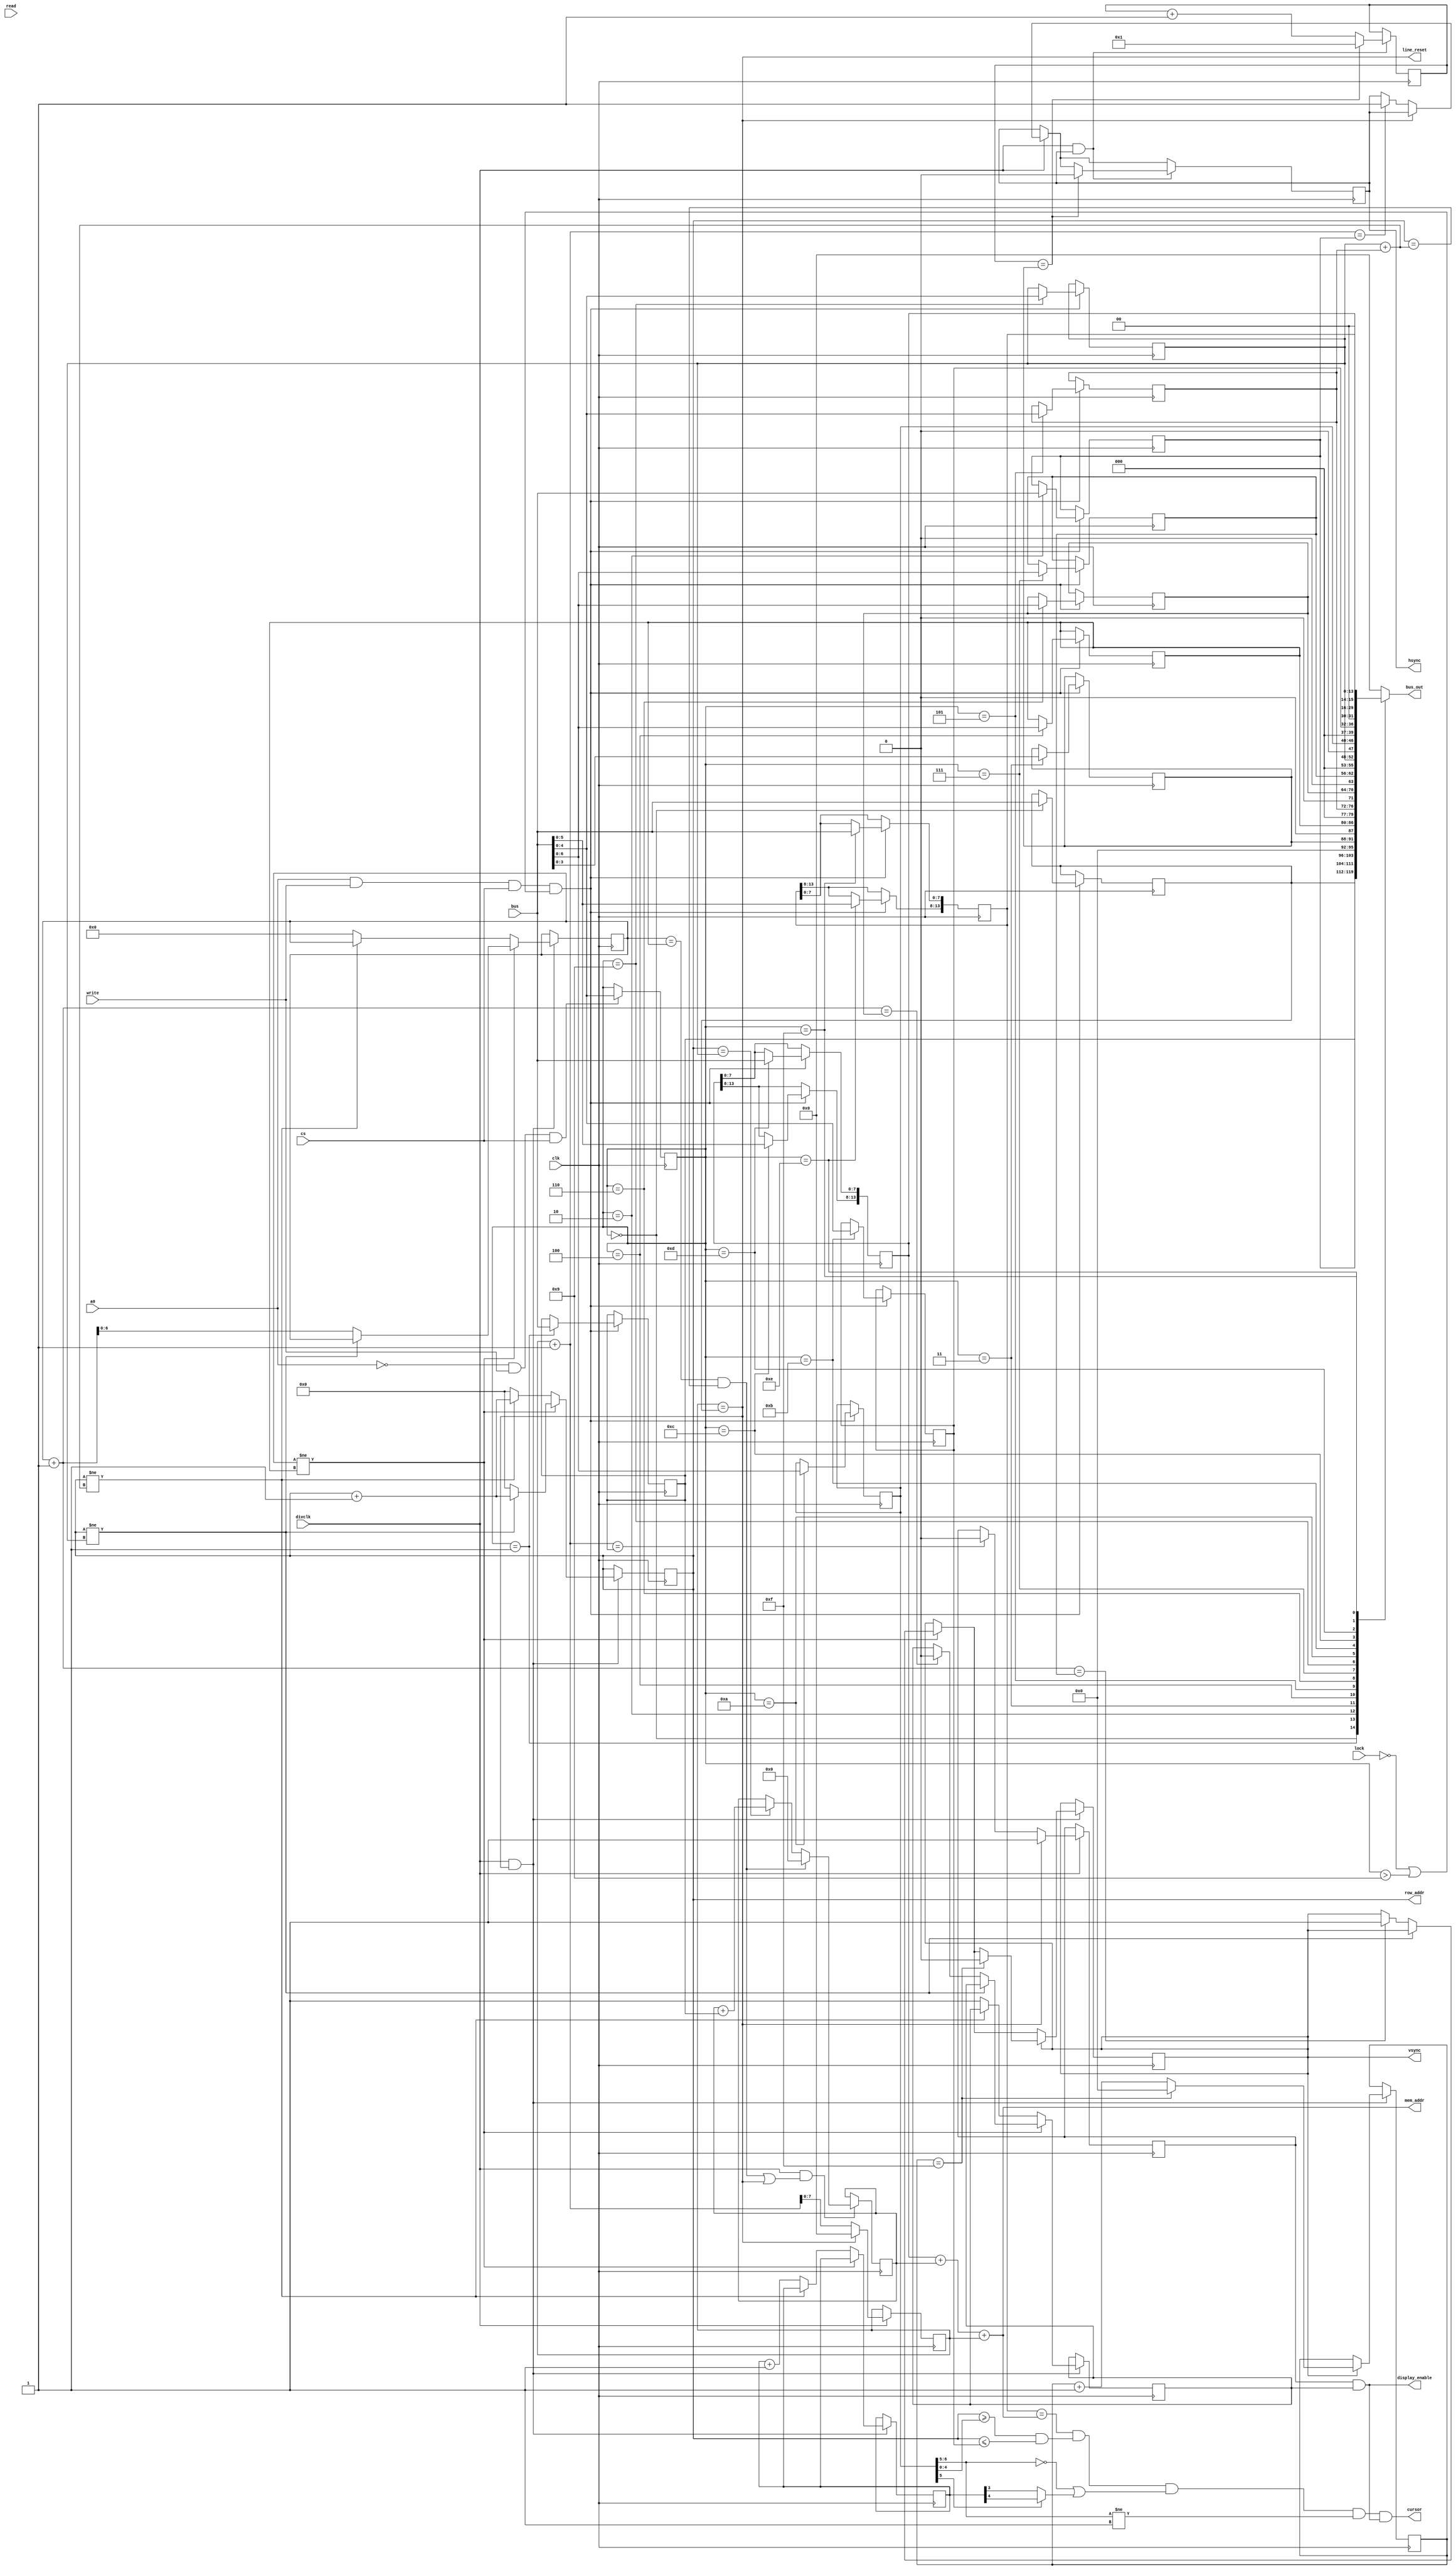
module crtc6845(
    input clk,
    input divclk,

    // ISA bus
    input cs,
    input a0,
    input write,
    input read,
    input[7:0] bus,
    output[7:0] bus_out,

    input lock,

    // Video control signals
    output hsync,
    output vsync,
    output display_enable,
    output cursor,
    output [13:0] mem_addr,
    output [4:0] row_addr,
    output line_reset);

    parameter H_TOTAL = 0;
    parameter H_DISP = 0;
    parameter H_SYNCPOS = 0;
    parameter H_SYNCWIDTH = 0;
    parameter V_TOTAL = 0;
    parameter V_TOTALADJ = 0;
    parameter V_DISP = 0;
    parameter V_SYNCPOS = 0;
    parameter V_MAXSCAN = 0;
    parameter C_START = 0;
    parameter C_END = 0;

    reg[4:0] cur_addr;
    reg[7:0] bus_out;

    // Address register
    always @ (posedge clk) begin
        if (~a0 & write & cs) begin
            cur_addr <= bus[4:0];
        end
    end

    // Register file
    always @ (posedge clk) begin
        if (a0 & write & cs & (~lock | (cur_addr > 5'd9))) begin
            case (cur_addr)
                5'd0: h_total <= bus;
                5'd1: h_disp <= bus;
                5'd2: h_syncpos <= bus;
                5'd3: h_syncwidth <= bus[3:0];
                5'd4: v_total <= bus[6:0];
                5'd5: v_totaladj <= bus[4:0];
                5'd6: v_disp <= bus[6:0];
                5'd7: v_syncpos <= bus[6:0];
                // Register 8 not implemented
                5'd9: v_maxscan <= bus[4:0];
                5'd10: c_start <= bus[6:0];
                5'd11: c_end <= bus[4:0];
                5'd12: start_a[13:8] <= bus[5:0];
                5'd13: start_a[7:0] <= bus;
                5'd14: cursor_a[13:8] <= bus[5:0];
                5'd15: cursor_a[7:0] <= bus;
                default: ;
            endcase
        end
    end
    // TODO: Add light pen register (optional)
    always @ (*)
    begin
        case (cur_addr)
            5'd0: bus_out <= h_total;
            5'd1: bus_out <= h_disp;
            5'd2: bus_out <= h_syncpos;
            5'd3: bus_out <= h_syncwidth;
            5'd4: bus_out <= v_total;
            5'd5: bus_out <= v_totaladj;
            5'd6: bus_out <= v_disp;
            5'd7: bus_out <= v_syncpos;
            5'd8: bus_out <= 8'h00;
            5'd9: bus_out <= v_maxscan;
            5'd10: bus_out <= c_start;
            5'd11: bus_out <= c_end;
            5'd12: bus_out <= {2'b00, start_a[13:8]};
            5'd13: bus_out <= start_a[7:0];
            5'd14: bus_out <= {2'b00, cursor_a[13:8]};
            5'd15: bus_out <= cursor_a[7:0];
            5'd16: bus_out <= 8'h00; // Light pen regs
            5'd17: bus_out <= 8'h00;
            default: bus_out <= 8'h00;
        endcase;
    end

// TODO: parameterize these defaults
    reg [7:0] h_total = H_TOTAL;         //R0 97
    reg [7:0] h_disp = H_DISP;           //R1 80
    reg [7:0] h_syncpos = H_SYNCPOS;     //R2 82
    reg [3:0] h_syncwidth = H_SYNCWIDTH; //R3 15

    reg [6:0] v_total = V_TOTAL;       //R4 25
    reg [4:0] v_totaladj = V_TOTALADJ; //R5 6
    reg [6:0] v_disp = V_DISP;         //R6 25
    reg [6:0] v_syncpos = V_SYNCPOS;   //R7 25
    reg [4:0] v_maxscan = V_MAXSCAN;       //R9 13

    reg [6:0] c_start = C_START;     //R10 11
    reg [4:0] c_end = C_END;       //R11 12

    reg [13:0] start_a = 14'd0;    //R13/R14

    reg [13:0] cursor_a = 14'd92;  //R14/R15

    // Counters
    reg [7:0] h_count = 8'd0;
    reg [3:0] h_synccount = 4'd1; // Must start at 1
    reg [4:0] v_scancount = 5'd0;
    reg [6:0] v_rowcount = 7'd0;
    reg [3:0] v_synccount = 4'd0;
    reg [4:0] cursor_counter = 5'd0; // Cursor blink


    wire [4:0] next_v_scancount;
    wire [13:0] ma = 14'd0;
    reg [13:0] ma_rst = 14'd0; // Column reset of memory address

    reg vs = 1'b0;
    reg hs = 1'b0;
    reg hdisp = 1'b1;
    reg vdisp = 1'b1;

    wire cur_on;
    wire blink;

    wire h_end;
    wire v_end;

    assign vsync = vs;
    assign hsync = hs;
    assign display_enable = hdisp & vdisp;

    assign row_addr = v_scancount;

    assign h_end = (h_count == h_total);

    assign line_reset = h_end;

    // Horizontal counter
    always @ (posedge clk)
    begin
        if (divclk) begin
            if (h_count == h_total) begin
                h_count <= 8'd0;
                hdisp <= 1'b1;
            end else begin
                h_count <= h_count + 1;
                // Blanking
                if (h_count + 1 == h_disp) begin
                    hdisp <= 1'b0;
                end
                // Sync output
                if (h_count + 1 == h_syncpos) begin
                    hs <= 1'b1;
                end
            end
        end

        // Horizontal sync timer
        if (divclk & hs) begin
            if (h_synccount == h_syncwidth) begin
                h_synccount <= 4'b1;
                hs <= 1'b0;
            end else begin
                h_synccount <= h_synccount + 4'b1;
            end
        end
    end


    assign v_end = (v_rowcount == v_total) &
                   (v_scancount == v_maxscan + v_totaladj);
    // Vertical counter
    always @ (posedge clk)
    begin
        if (divclk & (h_count == h_total)) begin // was h_syncpos

            if (v_rowcount != v_total) begin
                // Vertical count event
                if (v_scancount != v_maxscan) begin
                    v_scancount <= v_scancount + 1;
                end else begin
                    v_scancount <= 0;
                    v_rowcount <= v_rowcount + 1;

                    // Handle vertical pulse
                    if (v_rowcount + 1 == v_syncpos) begin
                        vs <= 1'b1;
                    end

                    // Handle blanking
                    if (v_rowcount + 1 == v_disp) begin
                        vdisp <= 1'b0;
                    end
                end
            end else begin
                // Pad with vertical adjust
                if (v_scancount != v_maxscan + v_totaladj) begin
                    v_scancount <= v_scancount + 1;
                end else begin
                    v_scancount <= 0;
                    v_rowcount <= 0;
                    vdisp <= 1'b1;
                    cursor_counter <= cursor_counter + 1;
                end
            end

            // Vertical sync pulse is fixed at 16 scan line times
            // Vsync pulse turns off after 16 lines
            if (vs) begin
                if (v_synccount == 4'd15) begin
                    v_synccount <= 4'd0;
                    vs <= 0;
                end else begin
                    v_synccount <= v_synccount + 1;
                end
            end
        end
    end

    // Cursor
    assign cur_on = (v_scancount >= c_start[4:0]) &
                    (v_scancount <= c_end[4:0]);
    assign blink = (c_start[6:5] == 2'b00) |
                   (c_start[5] ? cursor_counter[4] : cursor_counter[3]);
    assign cursor = (cursor_a == mem_addr) & cur_on &
                    blink & (c_start[6:5] != 2'b01) & display_enable;

    // Memory address generator
    assign mem_addr = start_a + ma_rst + {6'b000000, h_count};
    always @ (posedge clk)
    begin
        if (divclk & (v_end | h_end)) begin
            if (v_end) begin
                ma_rst <= 14'd0;
            end else begin
                if (v_scancount == v_maxscan) begin
                    ma_rst <= ma_rst + {6'b000000, h_disp};
                end
            end
        end
    end
endmodule